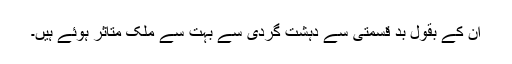
ان کے بقول بد قسمتی سے دہشت گردی سے بہت سے ملک متاثر ہوئے ہیں۔